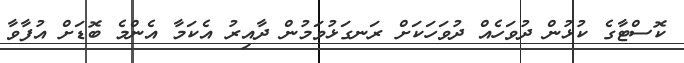
ކޮސްޓާގެ ކުޅުން ދުވަހެއް ދުވަހަކަށް ރަނގަޅުވަމުން ދާއިރު އެކަމާ އެންމެ ބޮޑަށް އުފާވާ